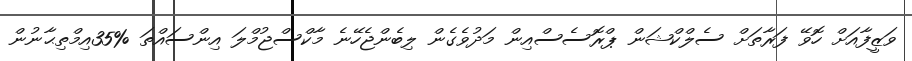
ވަޒީފާއަށް ހޮވޭ ފަރާތަށް ސެލްކްޝަން ޕްރޮސެސްއިން މަދުވެގެން ލިބެންޖެހޭނެ މާކްސްޖުމްލަ އިންސައްތަ %35އިމްތިޙާނުން